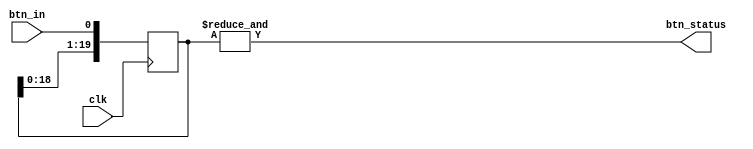
`timescale 1ns / 1ps
//////////////////////////////////////////////////////////////////////////////////
// Module Name: debouncer
// Project Name: 8-bit_calculator
// Target Devices: Xilinx Artix-7 FPGA
// Description: This program accounts for the unstable signal that occurs from
// input switches such as buttons and provides a steady high 1 or low 0 value. 
//////////////////////////////////////////////////////////////////////////////////

module btn_debounce(
    input clk,
    input btn_in,
    output wire btn_status
    );
    reg [19:0] btn_shift;
        
    always @ (posedge clk)
        btn_shift <= {btn_shift[18:0], btn_in};
    
    assign btn_status = &btn_shift;
endmodule

//submodule that divides down the 100MHz clock
module debounce_div(
    input clk,
    output clk_deb
    );
    reg [15:0] cnt;
    
    assign clk_deb = cnt[15];
    
    initial cnt = 0;
    always @(posedge clk)
        cnt <= cnt + 1;
        
endmodule